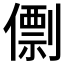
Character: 𠎼